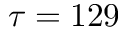
\tau = 1 2 9